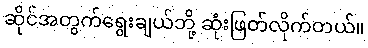
ဆိုင်အတွက်ရွေးချယ်ဘို့ ဆုံးဖြတ်လိုက်တယ်။